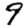
Digit: 9